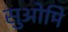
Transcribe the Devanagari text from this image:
सुओमि